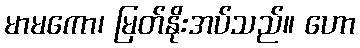
မာမကော၊ မြတ်နိုးအပ်သည်။ ဟော